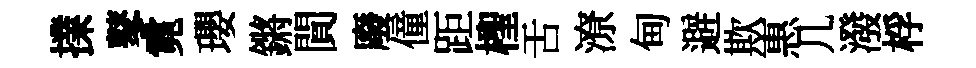
擈鼕霓瓔鏘閴廢僮距檉舌潦甸避欺惠几潑桴